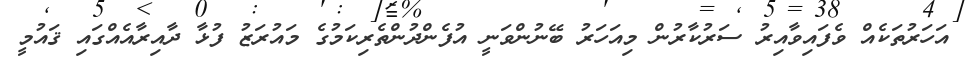
އަހަރުތަކެއް ވެފައިވާއިރު ސަރުކާރުން މިއަހަރު ބޭނުންވަނީ އުފެންދުންތެރިކަމުގެ މައުރަޒު ފުޅާ ދާއިރާއެއްގައި ޤައުމީ